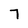
Character: 7